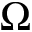
\Omega